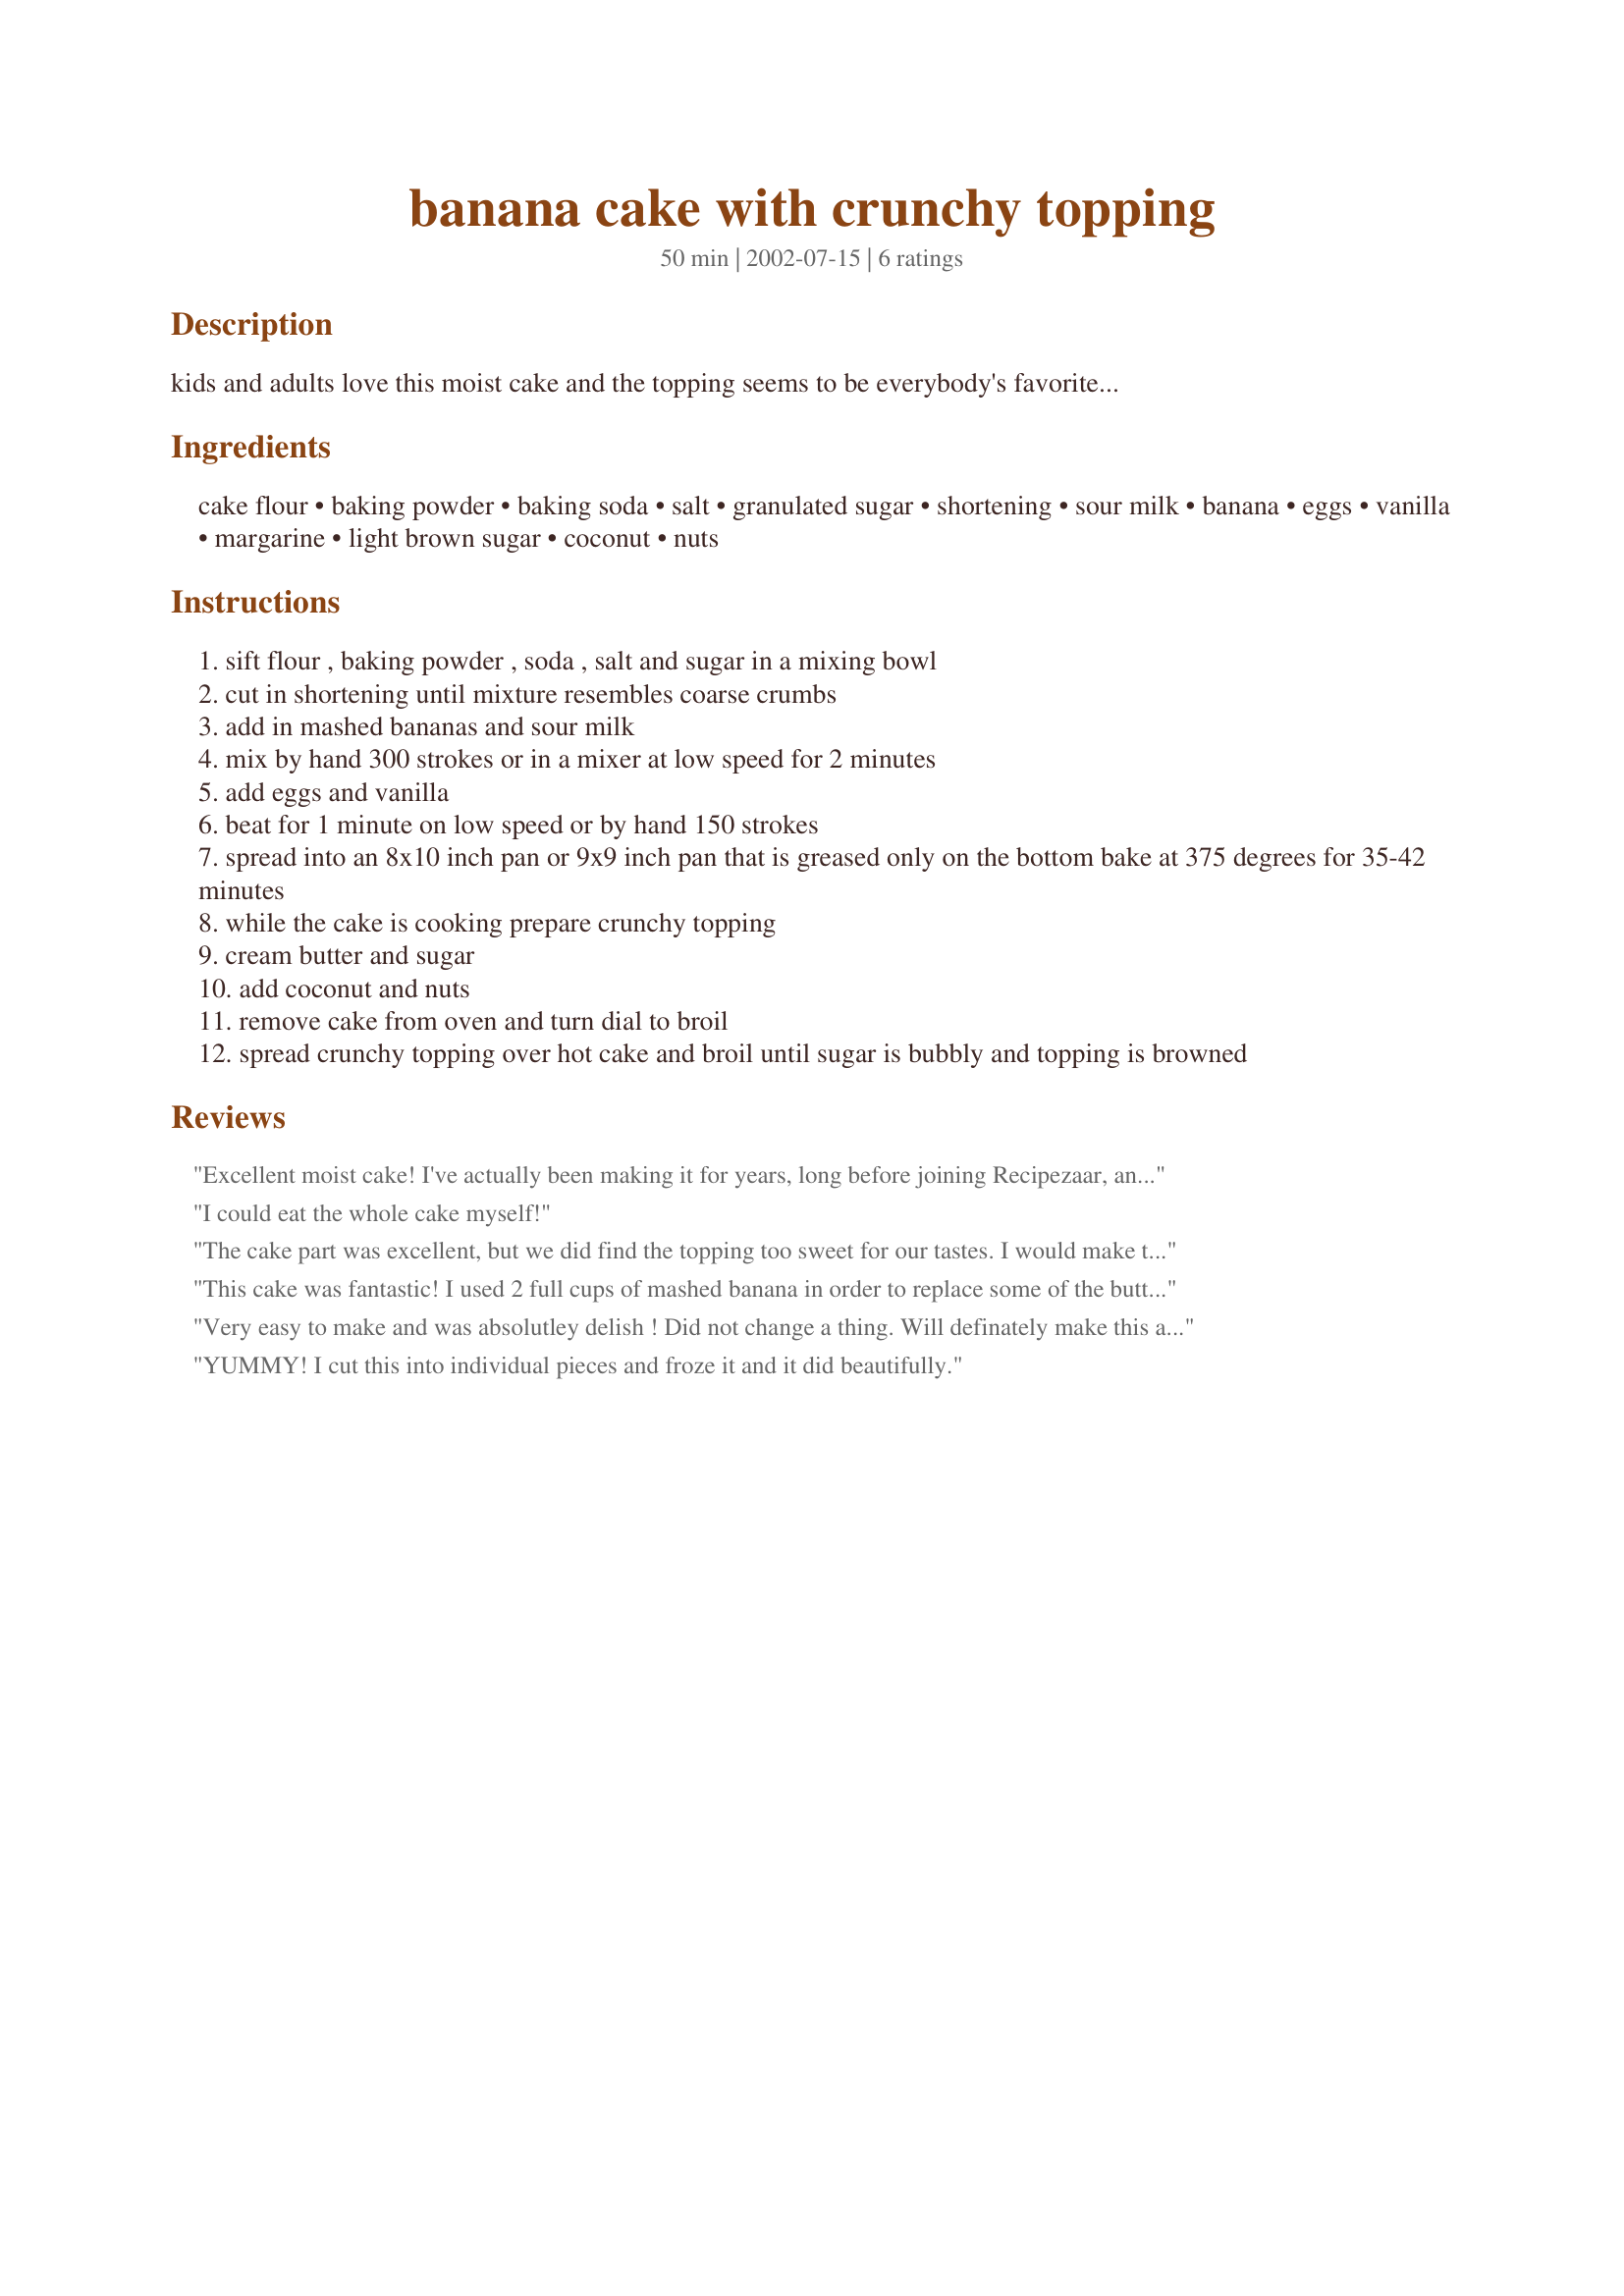
banana cake with crunchy topping
Preparation time: 50 minutes

kids and adults love this moist cake and the topping seems to be everybody's favorite...

Ingredients:
cake flour, baking powder, baking soda, salt, granulated sugar, shortening, sour milk, banana, eggs, vanilla, margarine, light brown sugar, coconut, nuts

Steps:
sift flour , baking powder , soda , salt and sugar in a mixing bowl
cut in shortening until mixture resembles coarse crumbs
add in mashed bananas and sour milk
mix by hand 300 strokes or in a mixer at low speed for 2 minutes
add eggs and vanilla
beat for 1 minute on low speed or by hand 150 strokes
spread into an 8x10 inch pan or 9x9 inch pan that is greased only on the bottom bake at 375 degrees for 35-42 minutes
while the cake is cooking prepare crunchy topping
cream butter and sugar
add coconut and nuts
remove cake from oven and turn dial to broil
spread crunchy topping over hot cake and broil until sugar is bubbly and topping is browned

Reviews:
Excellent moist cake! I've actually been making it for years, long before joining Recipezaar, and everyone loves it, especially the topping.
I could eat the whole cake myself!
The cake part was excellent, but we did find the topping too sweet for our tastes. I would make the cake again, but replace the topping with a cream cheese frosting
This cake was fantastic! I used 2 full cups of mashed banana in order to replace some of the butter and it worked beautifully. I also had forgotten to buy coconut and nuts for the topping, so I just left them out and added a little cinnamon. Once under the broiler, this formed a delicious hard shell that really made the cake. I'll be making this again very soon!
Very easy to make and was absolutley delish ! Did not change a thing. Will definately make this again.
YUMMY! I cut this into individual pieces and froze it and it did beautifully.
